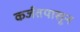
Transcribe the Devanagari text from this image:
कर्जतपासून